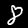
Label: 8